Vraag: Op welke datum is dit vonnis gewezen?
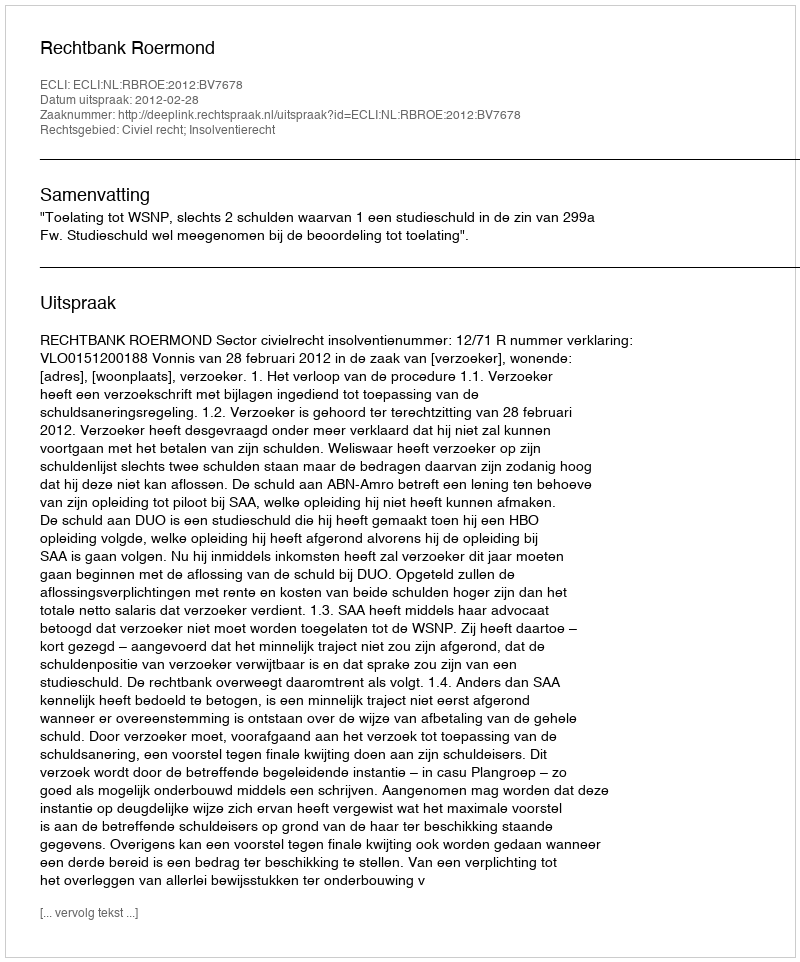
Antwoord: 2012-02-28